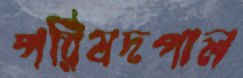
পরিষদপাল